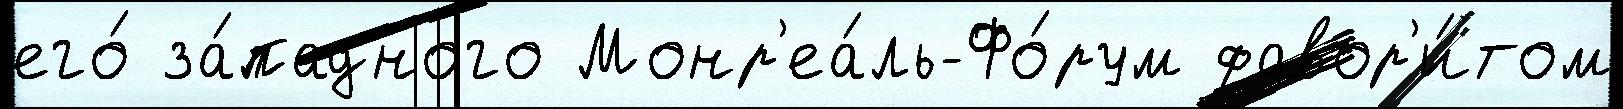
его́ за́падного Монр'еа́ль-Фо́рум фавор'и́том